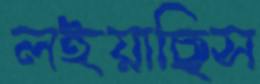
লইয়াছিস